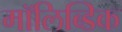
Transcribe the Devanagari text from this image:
मॉलिब्डिक